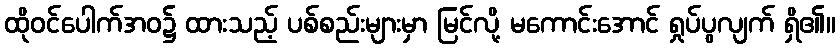
ထိုဝင်ပေါက်အဝ၌ ထားသည့် ပစ်စည်းများမှာ မြင်လို့ မကောင်းအောင် ရှုပ်ပွလျက် ရှိ၏။